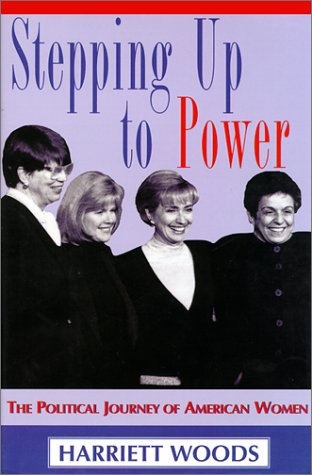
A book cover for Stepping Up To Power: The Political Journey Of Women In America; Harriett Woods; Gay & Lesbian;